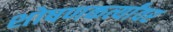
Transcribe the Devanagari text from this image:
शोषणकर्त्यांवर